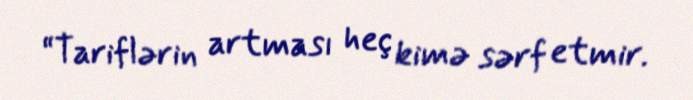
“Tariflərin artması heç kimə sərf etmir.